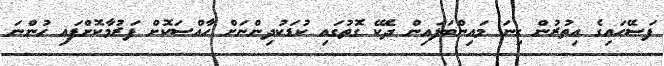
ފަސޭހައިގެ އިތުރުން ގިނަ މައިންބަފައިން ދެކޭ ގޮތުގައި ކުޑަކުދިންނަށް ހާއްސަކޮށް ފަރުމާކޮށްފައި ހުންނަ